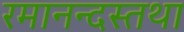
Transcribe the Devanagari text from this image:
रमानन्दस्तथा